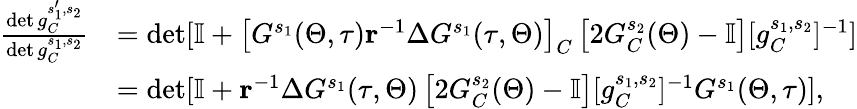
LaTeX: \begin{array}{rl}{\frac{\det g_{C}^{s_{1}^{\prime},s_{2}}}{\det g_{C}^{s_{1},s_{2}}}}&{=\operatorname*{det}[\mathbb{I}+\left[G^{s_{1}}(\Theta,\tau)\mathbf{r}^{-1}\Delta G^{s_{1}}(\tau,\Theta)\right]_{C}\left[2G_{C}^{s_{2}}(\Theta)-\mathbb{I}\right][g_{C}^{s_{1},s_{2}}]^{-1}]}\\ &{=\operatorname*{det}[\mathbb{I}+\mathbf{r}^{-1}\Delta G^{s_{1}}(\tau,\Theta)\left[2G_{C}^{s_{2}}(\Theta)-\mathbb{I}\right][g_{C}^{s_{1},s_{2}}]^{-1}G^{s_{1}}(\Theta,\tau)],}\end{array}